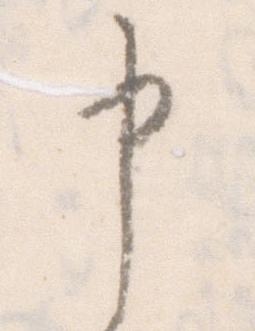
申